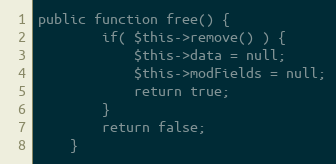
Language: PHP
public function free() {
		if( $this->remove() ) {
			$this->data = null;
			$this->modFields = null;
			return true;
		}
		return false;
	}